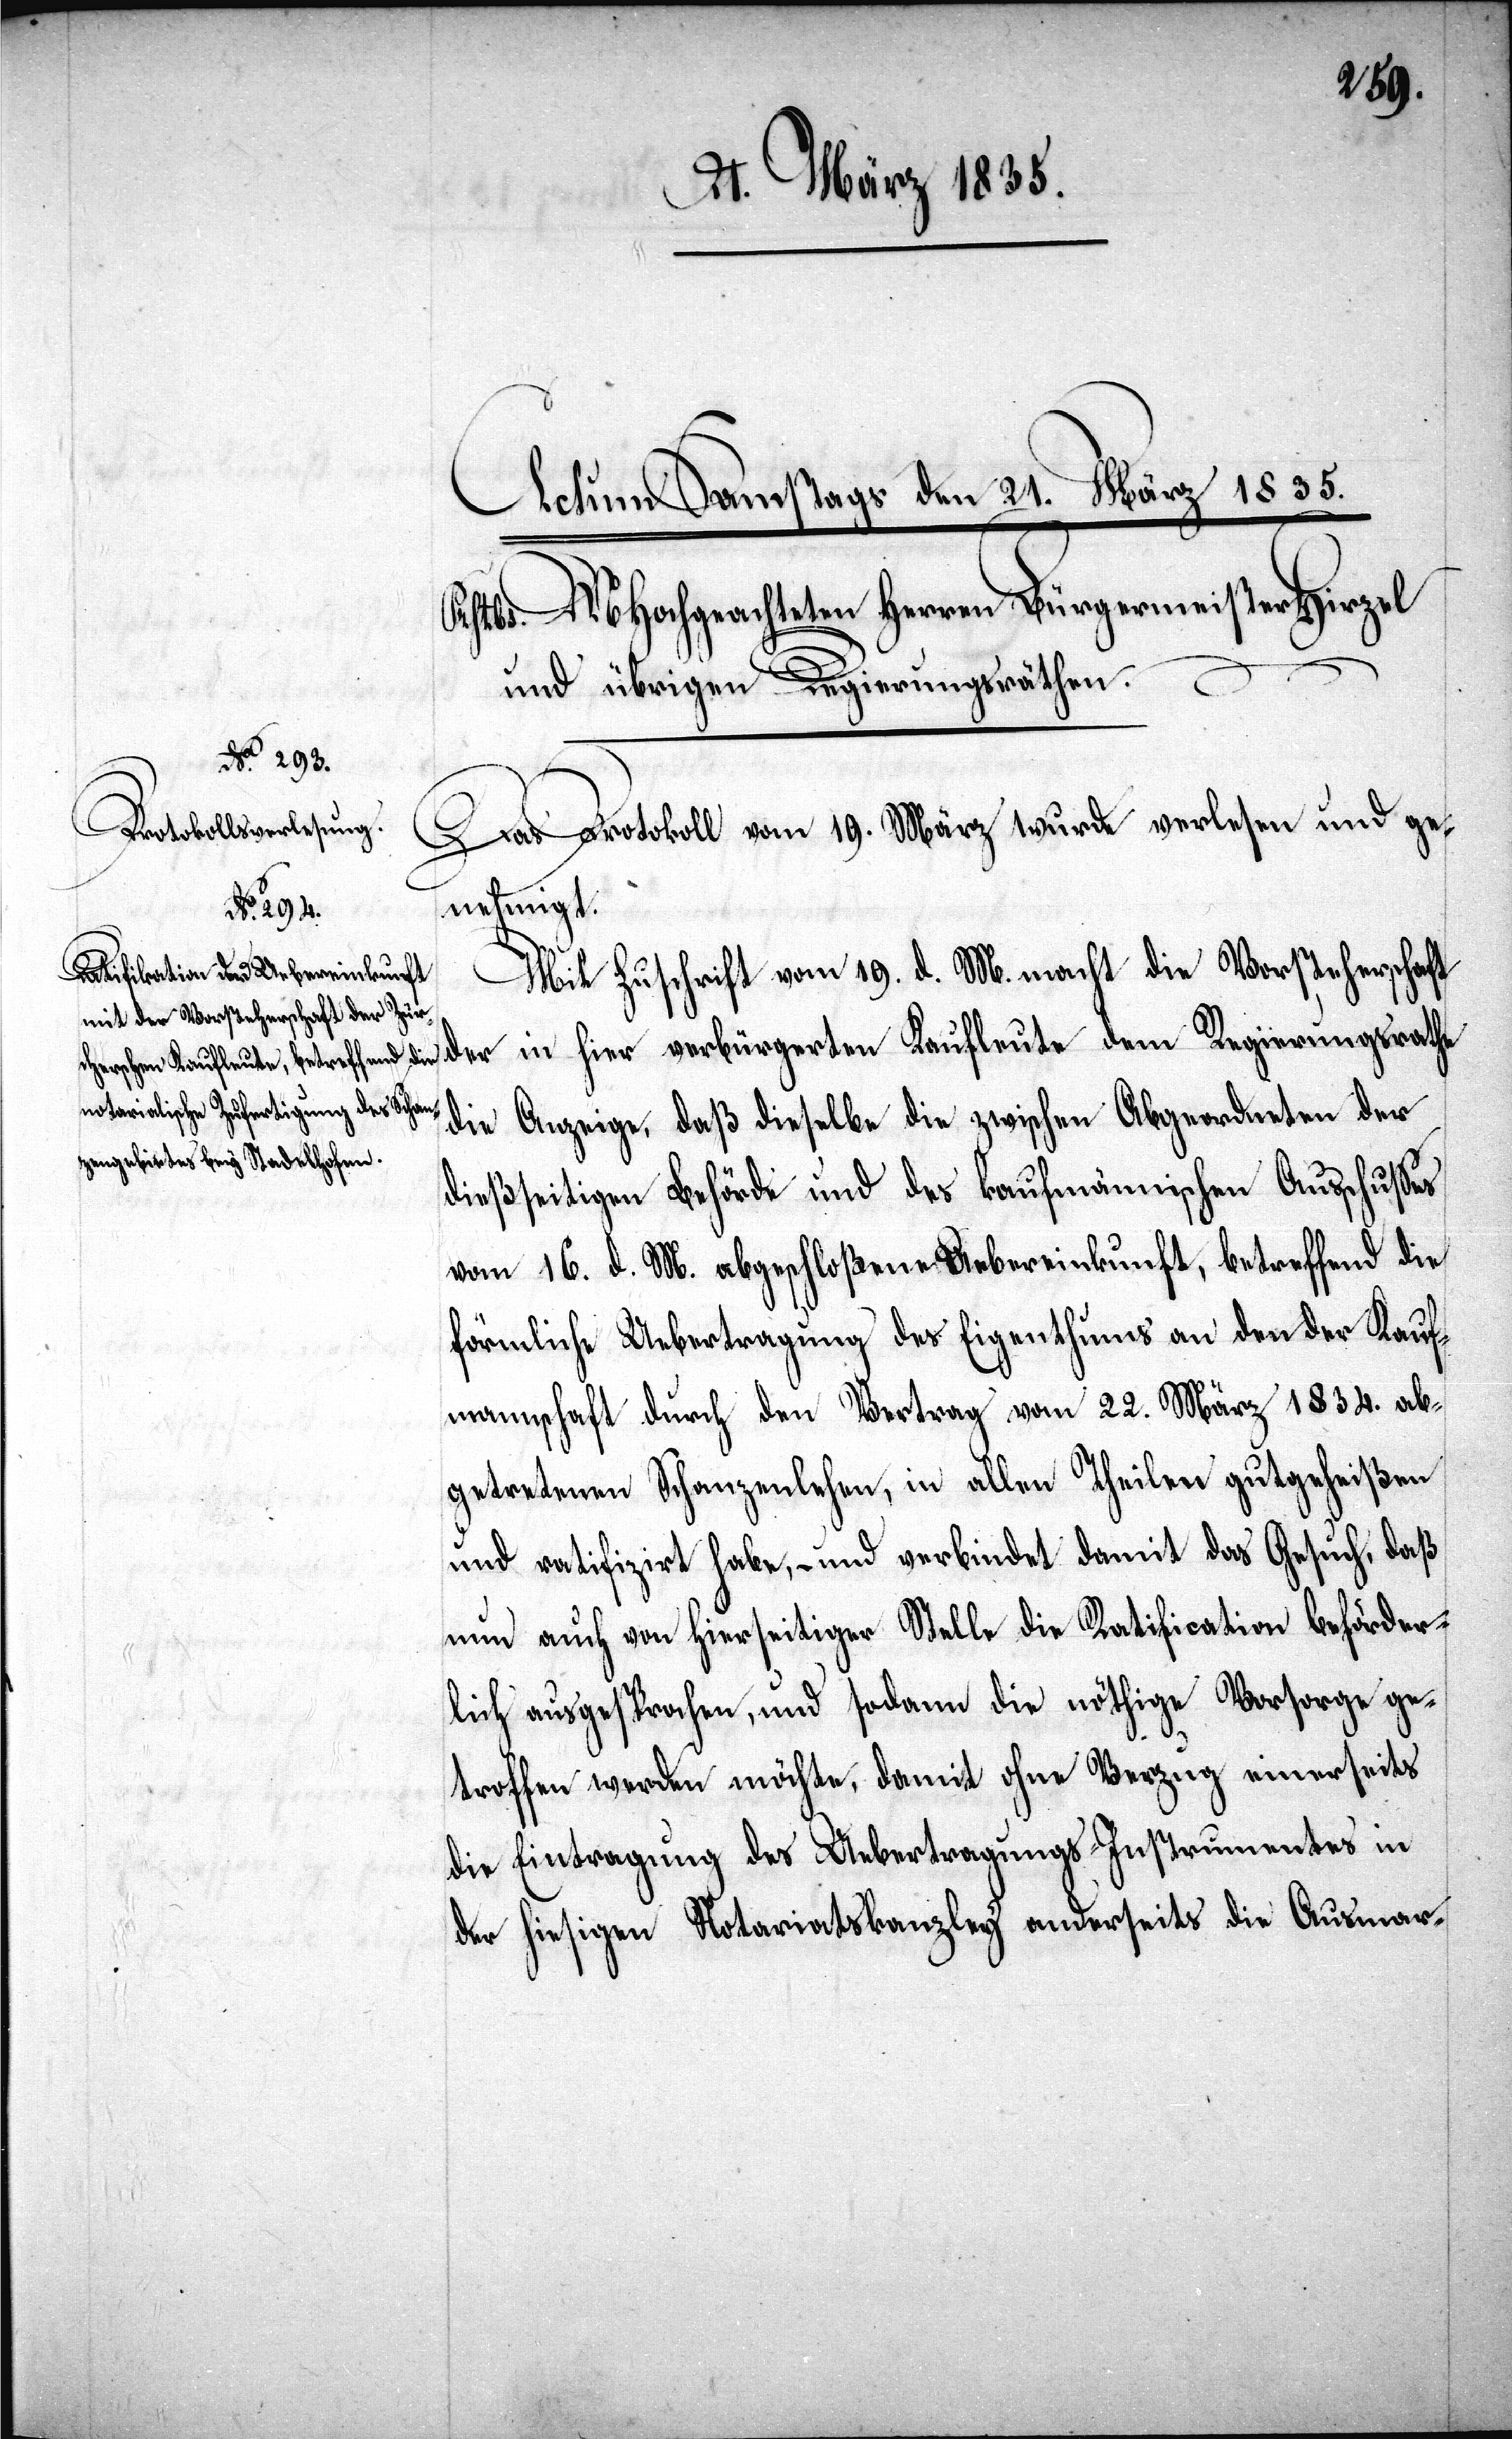
in hier verbürgerten
Das Protokoll vom 19. März wurde verlesen und geneh¬
migt.
Mit Zuschrift vom 18. d. M. macht die Vorsteherschaft
die Anzeige, daß dieselbe die zwischen Abgeordneten der
dießseitigen Behörde und des kaufmännischen Ausschußes
vom 16. d. M. abgeschloßene Uebereinkunft, betreffend die
förmliche Uebertragung des Eigenthums an den der Kauf¬
mannschaft durch den Vertrag vom 22. März 1834. ab¬
getretenen Schanzenlehen, in allen Theilen gutgeheißen
und ratifizirt habe, – und verbinde damit das Gesuch, daß
nun auch von hierseitiger Stelle die nöthige Vorsorge ge¬
troffen werden möchte, damit ohne Verzug einerseits
die Eintragung des Uebertragungs-Instrumentes in
der hiesigen Notariatskanzley anderseits die Ausmar-